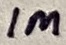
Text: 1M